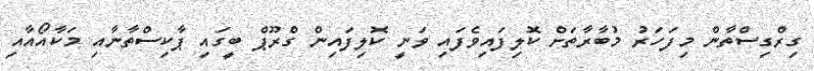
ގިރްގިސްތާން މިފަހަރު މުބާރާތަށް ކޮލިފައިވެފައި ވަނީ ކޮލިފައިން ގްރޫޕް ބީގައި ޕާކިސްތާނާއި މަކާއޯއާއި